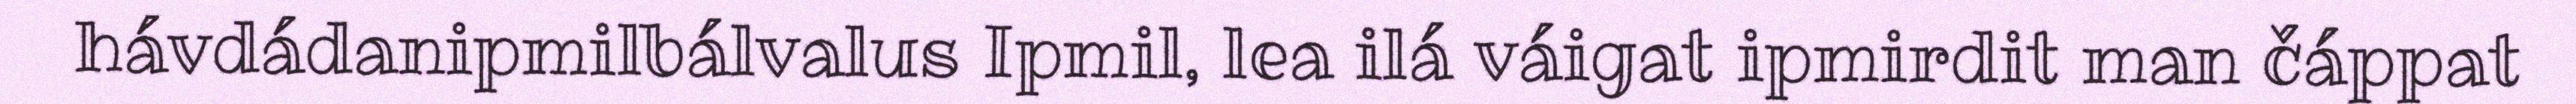
hávdádanipmilbálvalus Ipmil, lea ilá váigat ipmirdit man čáppat